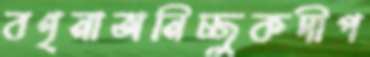
বণৃনাঅনিচ্ছুকদীপ